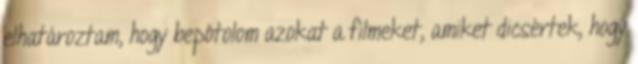
elhatároztam, hogy bepótolom azokat a filmeket, amiket dicsértek, hogy